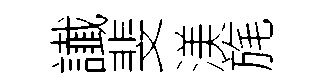
䜟斐渼旄